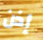
إذن